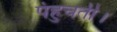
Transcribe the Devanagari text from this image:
पंहुचती।